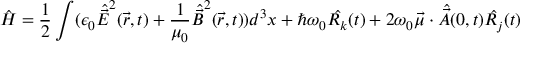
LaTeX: { \hat { H } } = { \frac { 1 } { 2 } } \int ( \epsilon _ { 0 } { \hat { \vec { E } } } ^ { 2 } ( { \vec { r } } , t ) + { \frac { 1 } { \mu _ { 0 } } } { \hat { \vec { B } } } ^ { 2 } ( { \vec { r } } , t ) ) d ^ { 3 } x + \hbar \omega _ { 0 } { \hat { R _ { k } } } ( t ) + 2 \omega _ { 0 } { \vec { \mu } } \cdot { \hat { \vec { A } } } ( 0 , t ) { \hat { R _ { j } } } ( t )